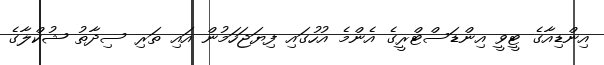
އިންޑިއާގެ ޓީވީ އިންޑަސްޓްރީގެ އެންމެ އުހުގައި ފިޔަޖަހަމުން އައި ތަރި ސިދާތު ޝުކްލާގެ